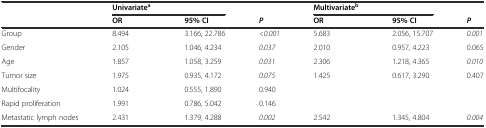
<table><thead><tr><td></td><td><b>Univariate<sup>a</sup></b></td><td></td><td></td><td><b>Multivariate<sup>b</sup></b></td><td></td><td></td></tr><tr><td></td><td><b>OR</b></td><td><b>95% CI</b></td><td><b><i>P</i></b></td><td><b>OR</b></td><td><b>95% CI</b></td><td><b><i>P</i></b></td></tr></thead><tbody><tr><td>Group</td><td>8.494</td><td>3.166, 22.786</td><td><i>&lt;0.001</i></td><td>5.683</td><td>2.056, 15.707</td><td><i>0.001</i></td></tr><tr><td>Gender</td><td>2.105</td><td>1.046, 4.234</td><td><i>0.037</i></td><td>2.010</td><td>0.957, 4.223</td><td>0.065</td></tr><tr><td>Age</td><td>1.857</td><td>1.058, 3.259</td><td><i>0.031</i></td><td>2.306</td><td>1.218, 4.365</td><td><i>0.010</i></td></tr><tr><td>Tumor size</td><td>1.975</td><td>0.935, 4.172</td><td><i>0.075</i></td><td>1.425</td><td>0.617, 3.290</td><td>0.407</td></tr><tr><td>Multifocality</td><td>1.024</td><td>0.555, 1.890</td><td>0.940</td><td></td><td></td><td></td></tr><tr><td>Rapid proliferation</td><td>1.991</td><td>0.786, 5.042</td><td>0.146</td><td></td><td></td><td></td></tr><tr><td>Metastatic lymph nodes</td><td>2.431</td><td>1.379, 4.288</td><td><i>0.002</i></td><td>2.542</td><td>1.345, 4.804</td><td><i>0.004</i></td></tr></tbody></table>